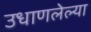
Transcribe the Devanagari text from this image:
उधाणलेल्‍या